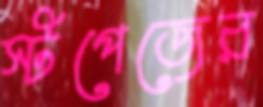
স্টপেজের